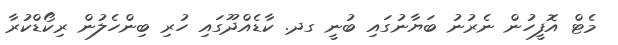
މެޓް އޮފީހުން ނެރުނު ބަޔާނުގައި ބުނީ ގދ. ކާޑެއްދޫގައި ހުރި ބިންހެލުން ރިކޯޑްކުރާ